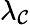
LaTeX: \lambda_{\mathcal{C}}